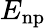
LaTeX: E_{\mathrm{np}}